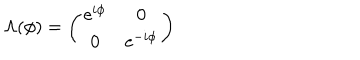
\Lambda ( \phi ) = \left( \begin{array} { c c } { { \mathrm { e } ^ { i \phi } } } & { { 0 } } \\ { { 0 } } & { { \mathrm { e } ^ { - i \phi } } } \\ \end{array} \right)